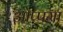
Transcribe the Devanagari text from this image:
ओप्पमा